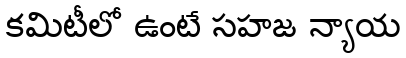
కమిటీలో ఉంటే సహజ న్యాయ